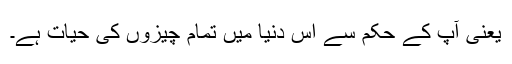
یعنی آپ کے حکم سے اس دنیا میں تمام چیزوں کی حیات ہے۔